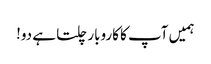
ہمیں آپ کا کاروبار چلتا ہے دو!